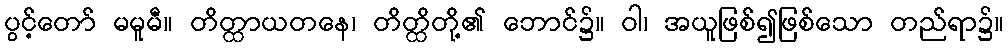
ပွင့်တော် မမူမီ။ တိတ္ထာယတနေ၊ တိတ္ထိတို့၏ ဘောင်၌။ ဝါ၊ အယူဖြစ်၍ဖြစ်သော တည်ရာ၌။